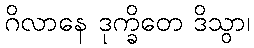
ဂိလာနေ ဒုက္ခိတေ ဒိသွာ၊